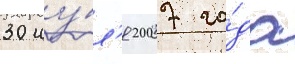
30 иу́л'я 2007 го́да